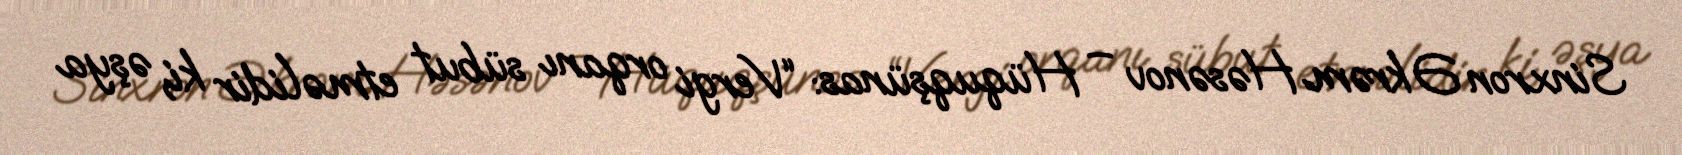
Sinxron Əkrəm Həsənov – Hüquqşünas: “Vergi orqanı sübut etməlidir ki, əşya